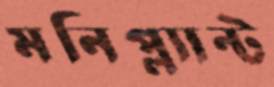
মনিপ্ল্যান্ট